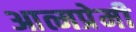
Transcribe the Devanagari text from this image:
आत्मप्रेमी